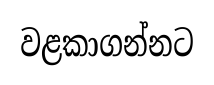
වළකාගන්නට